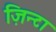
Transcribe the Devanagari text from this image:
ज़िन्टा